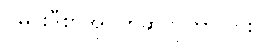
: မင်းဒီစာအုပ်ကိုဆိုလိုတာလား။